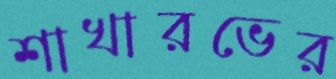
শাখারভের